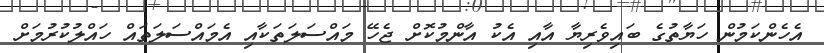
އެހެންކަމުން ހަޔާތުގެ ބައިވެރިޔާ އާއި އެކު އާންމުކޮށް ޖެހޭ މައްސަލަތަކާއި އެމައްސަލަތައް ހައްލުކުރުމަށް